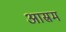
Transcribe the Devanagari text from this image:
आस्रम